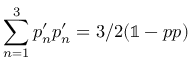
\sum _ { n = 1 } ^ { 3 } \boldsymbol { p } _ { n } ^ { \prime } \boldsymbol { p } _ { n } ^ { \prime } = 3 / 2 ( \mathbb { 1 } - \boldsymbol { p p } )